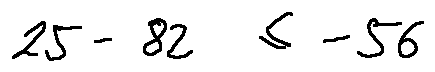
2 5 - 8 2 \leq - 5 6